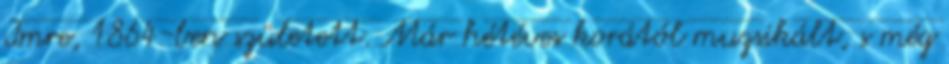
Imre, 1864-ben született. Már hétéves korától muzsikált, s még